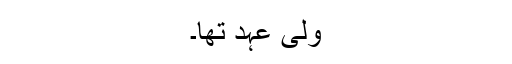
ولی عہد تھا۔